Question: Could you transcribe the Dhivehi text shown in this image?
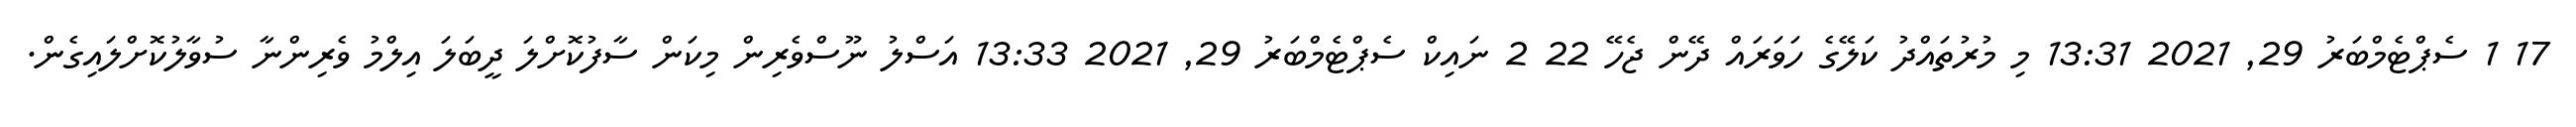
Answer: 17 1 ސެޕްޓެމްބަރު 29, 2021 13:31 މި މުރުތައްދު ކަލޭގެ ހަވަރައް ދޭން ޖެހޭ 22 2 ނައިކް ސެޕްޓެމްބަރު 29, 2021 13:33 އަސްލު ނޫސްވެރިން މިކަން ސާފުކޮށްލަ ދީބަލަ އިލްމު ވެރިންނާ ސުވާލުކޮށްލައިގެން.